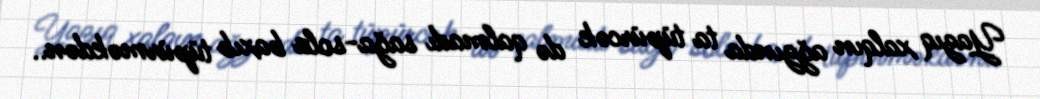
Yazıq xalqın ağzında ta tüpürcək də qalmadı sağa-sola baxıb tüpürməkdən..